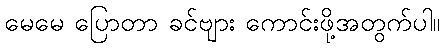
မေမေ ပြောတာ ခင်ဗျား ကောင်းဖို့အတွက်ပါ။